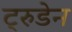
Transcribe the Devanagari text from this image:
ट्रुडेन